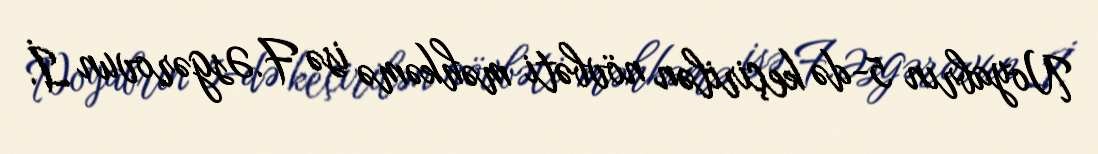
Noyabrın 5-də keçirilən növbəti məhkəmə isə F.Əsgərovun İ.